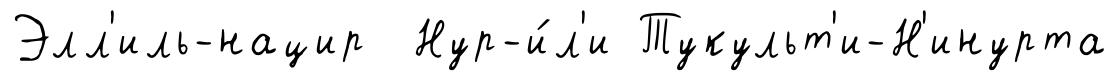
Элл'иль-нацир Нур-и́л'и Тукульт'и-Н'инурта